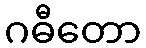
ဂဓီတော